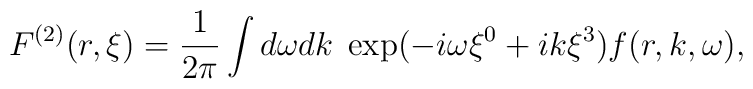
F^{(2)}(r,\xi) = \frac{1}{2\pi} \int d\omega dk \; \exp(-i\omega \xi^0 + ik\xi^3) f(r,k,\omega),